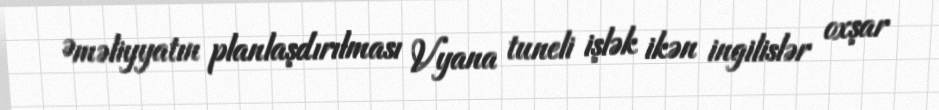
Əməliyyatın planlaşdırılması Vyana tuneli işlək ikən ingilislər oxşar